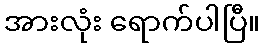
အားလုံး ရောက်ပါပြီ။